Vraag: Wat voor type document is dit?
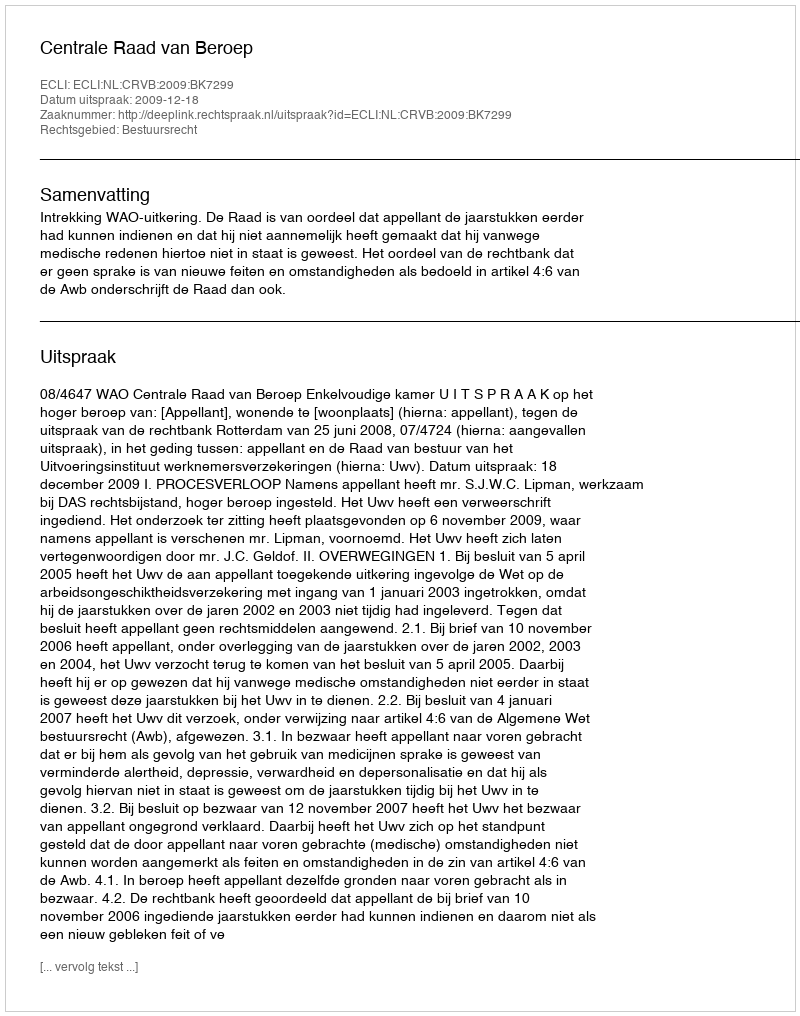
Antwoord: Uitspraak